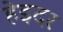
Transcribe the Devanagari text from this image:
हेइदर